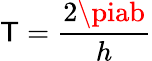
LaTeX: \mathsf{T}={\frac{{2\piab}}{{h}}}